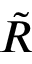
\Tilde { R }